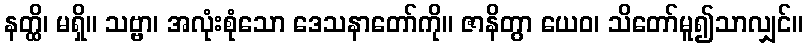
နတ္ထိ၊ မရှိ။ သဗ္ဗာ၊ အလုံးစုံသော ဒေသနာတော်ကို။ ဇာနိတွာ ယေဝ၊ သိတော်မူ၍သာလျှင်။